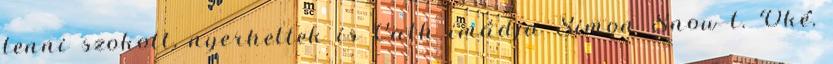
lenni szokott, nyerhettek is Cath imádja Simon Snow-t. Oké,